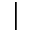
\vert